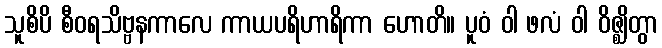
သူစိပိ စီဝရသိဗ္ဗနကာလေ ကာယပရိဟာရိကာ ဟောတိ။ ပူဝံ ဝါ ဖလံ ဝါ ဝိဇ္ဈိတွာ